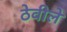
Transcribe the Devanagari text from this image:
ठेवीले